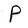
Character: P